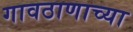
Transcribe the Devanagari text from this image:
गावठाणाच्या